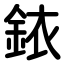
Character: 銥